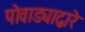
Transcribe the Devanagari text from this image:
पोवाड्याद्वारे